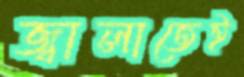
জ্বালাতেই